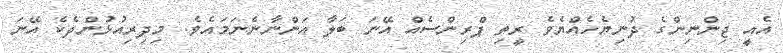
އެއީ ޖިންނިންގެ ދުނިޔެހެއްޔެވެ ރީތި ޕްރިންސެއް އޭނަ ބަލާ އަންނާނެނަމައެވެ. މިދިރިއުޅުންދެކެ އޭނަ